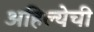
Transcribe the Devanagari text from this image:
अहिल्येची